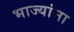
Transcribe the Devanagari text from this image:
भाज्यांना